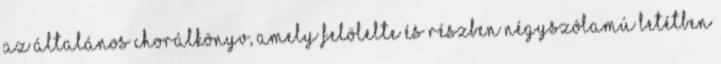
az Általános Chorálkönyv, amely felölelte és részben négyszólamú letétben